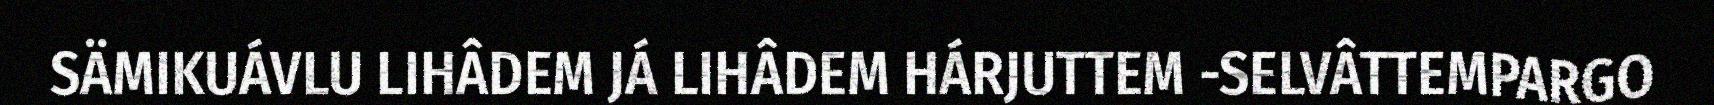
SÄMIKUÁVLU LIHÂDEM JÁ LIHÂDEM HÁRJUTTEM -SELVÂTTEMPARGO